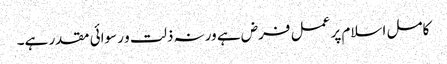
کامل اسلام پر عمل فرض ہے ورنہ ذلت و رسوائی مقدر ہے۔